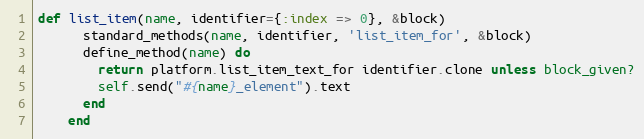
Language: Ruby
def list_item(name, identifier={:index => 0}, &block)
      standard_methods(name, identifier, 'list_item_for', &block)
      define_method(name) do
        return platform.list_item_text_for identifier.clone unless block_given?
        self.send("#{name}_element").text
      end
    end